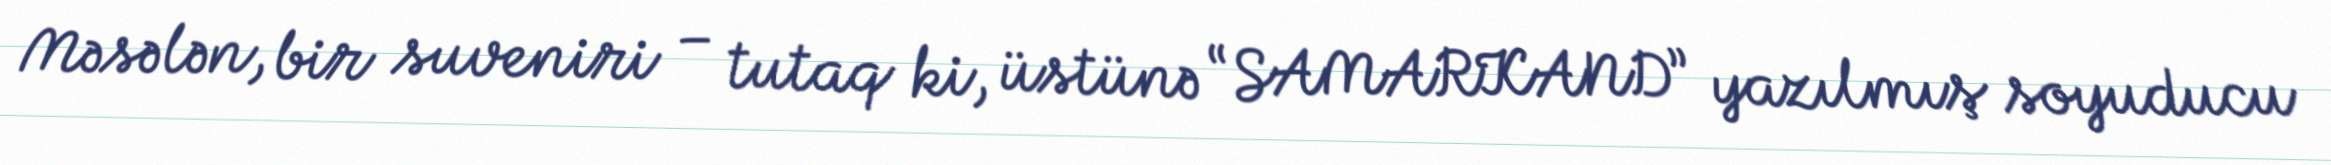
Məsələn, bir suveniri – tutaq ki, üstünə “SAMARKAND” yazılmış soyuducu